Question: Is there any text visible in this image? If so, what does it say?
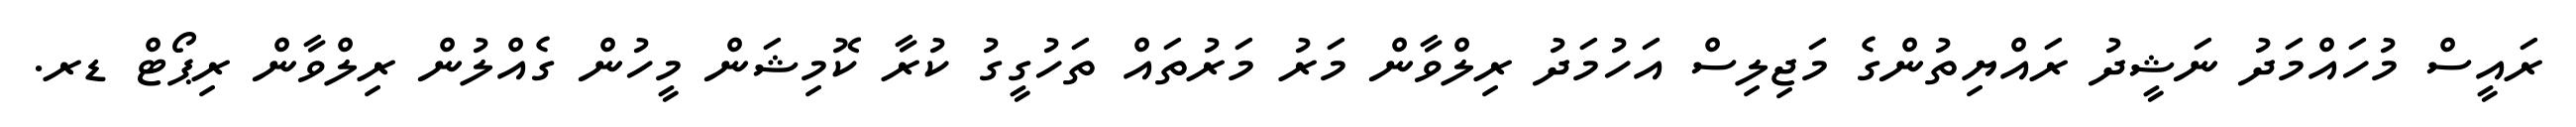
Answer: ރައީސް މުހައްމަދު ނަޝީދު ރައްޔިތުންގެ މަޖިލިސް އަހުމަދު ރިލްވާން މަރު މަރުތައް ތަހުގީގު ކުރާ ކޮމިޝަން މީހުން ގެއްލުން ރިލްވާން ރިޕޯޓް ޑރ.